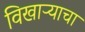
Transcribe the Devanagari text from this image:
विखाऱ्याचा